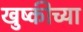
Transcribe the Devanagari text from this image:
खुष्कीच्या